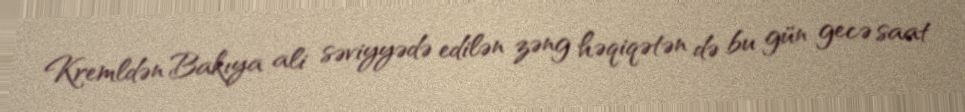
Kremldən Bakıya ali səviyyədə edilən zəng həqiqətən də bu gün gecə saat